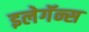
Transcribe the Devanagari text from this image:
इलेगॅन्स